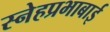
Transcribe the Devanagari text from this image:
स्नेहप्रभाबाई